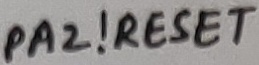
Text: PA2!RESET